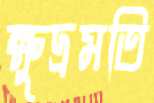
ক্ষুদ্রমতি